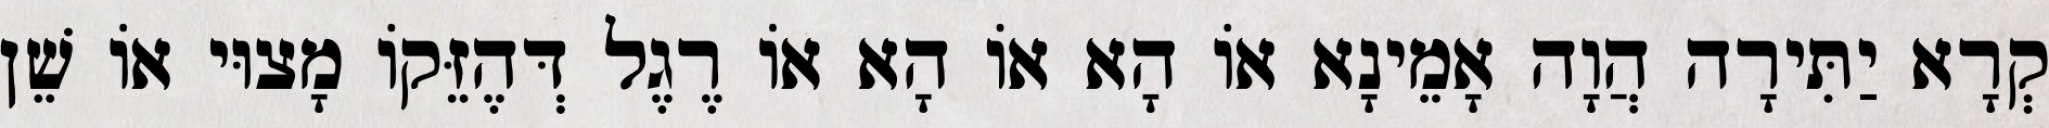
קְרָא יַתִּירָה הֲוָה אָמֵינָא אוֹ הָא אוֹ הָא אוֹ רֶגֶל דְּהֶזֵּקוֹ מָצוּי אוֹ שֵׁן